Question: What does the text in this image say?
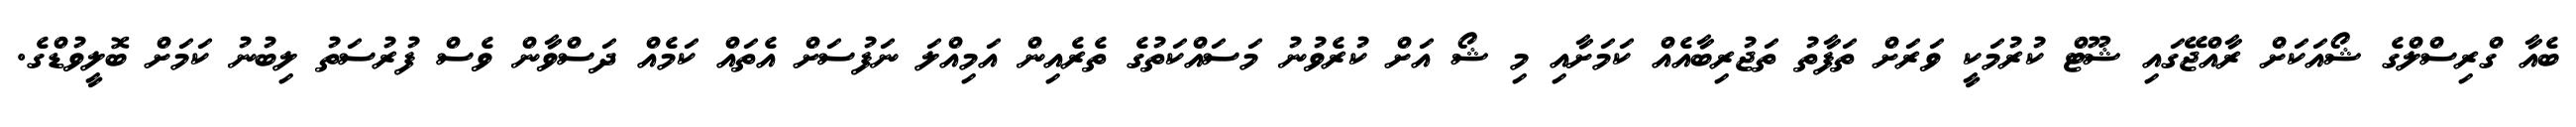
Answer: ބެއާ ގްރިސްލްގެ ޝޯއަކަށް ރާއްޖޭގައި ޝޫޓް ކުރުމަކީ ވަރަށް ތަފާތު ތަޖުރިބާއެއް ކަމަށާއި މި ޝޯ އަށް ކުރެވުނު މަސައްކަތުގެ ތެރެއިން އަމިއްލަ ނަފުސަށް އެތައް ކަމެއް ދަސްވާން ވެސް ފުރުސަތު ލިބުނު ކަމަށް ބޮލީވުޑްގެ.